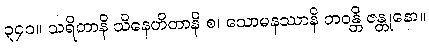
၃၄၁။ သရိတာနိ သိနေဟိတာနိ စ၊ သောမနဿာနိ ဘဝန္တိ ဇန္တုနော။